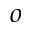
o